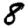
Digit: 8